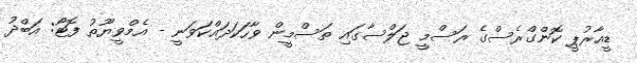
ޑީއާރުޕީ ކޮންގްރެސްގެ ރަސްމީ ޖަލްސާގައި ތަސްމީން ވާހަކަދައްކަވަނީ - އެމްވީޔޫތު ފޮޓޯ: އަބްދު